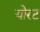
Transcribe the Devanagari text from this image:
योरट